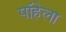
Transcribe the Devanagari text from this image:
पॉहेला